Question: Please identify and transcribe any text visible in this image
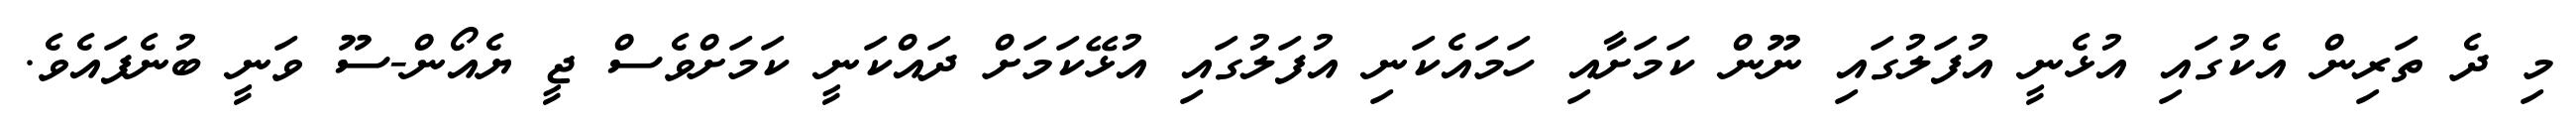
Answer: މި ދެ ތަރިން އެކުގައި އުޅެނީ އުފަލުގައި ނޫން ކަމަށާއި ހަމައެކަނި އުފަލުގައި އުޅޭކަމަށް ދައްކަނީ ކަމަށްވެސް ޖީ ޔެއޯން-ސޫ ވަނީ ބުނެފައެވެ.